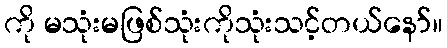
ကို မသုံးမဖြစ်သုံးကိုသုံးသင့်တယ်နော်။